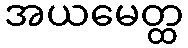
အယမေတ္ထ